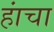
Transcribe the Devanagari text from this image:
हांचा